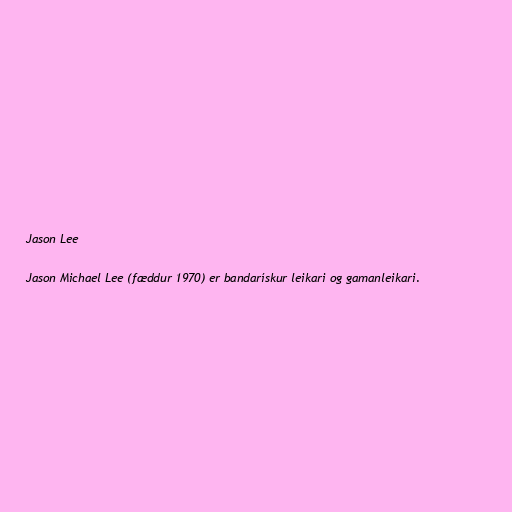
Jason Lee

Jason Michael Lee (fæddur 1970) er bandarískur leikari og gamanleikari.